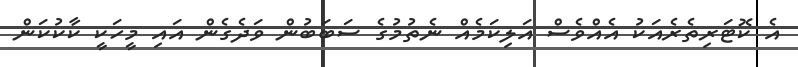
އެ ކޮޓަރިތެރެއަކު އެއްވެސް އަލިކަމެއް ނެތުމުގެ ސަބަބުން ވަދެގެން އައި މީހަކީ ކާކުކަން